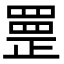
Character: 𦋳